65_HS1-834228961_62-HQ-83894_Section_9
Agency: FBI
Page 170
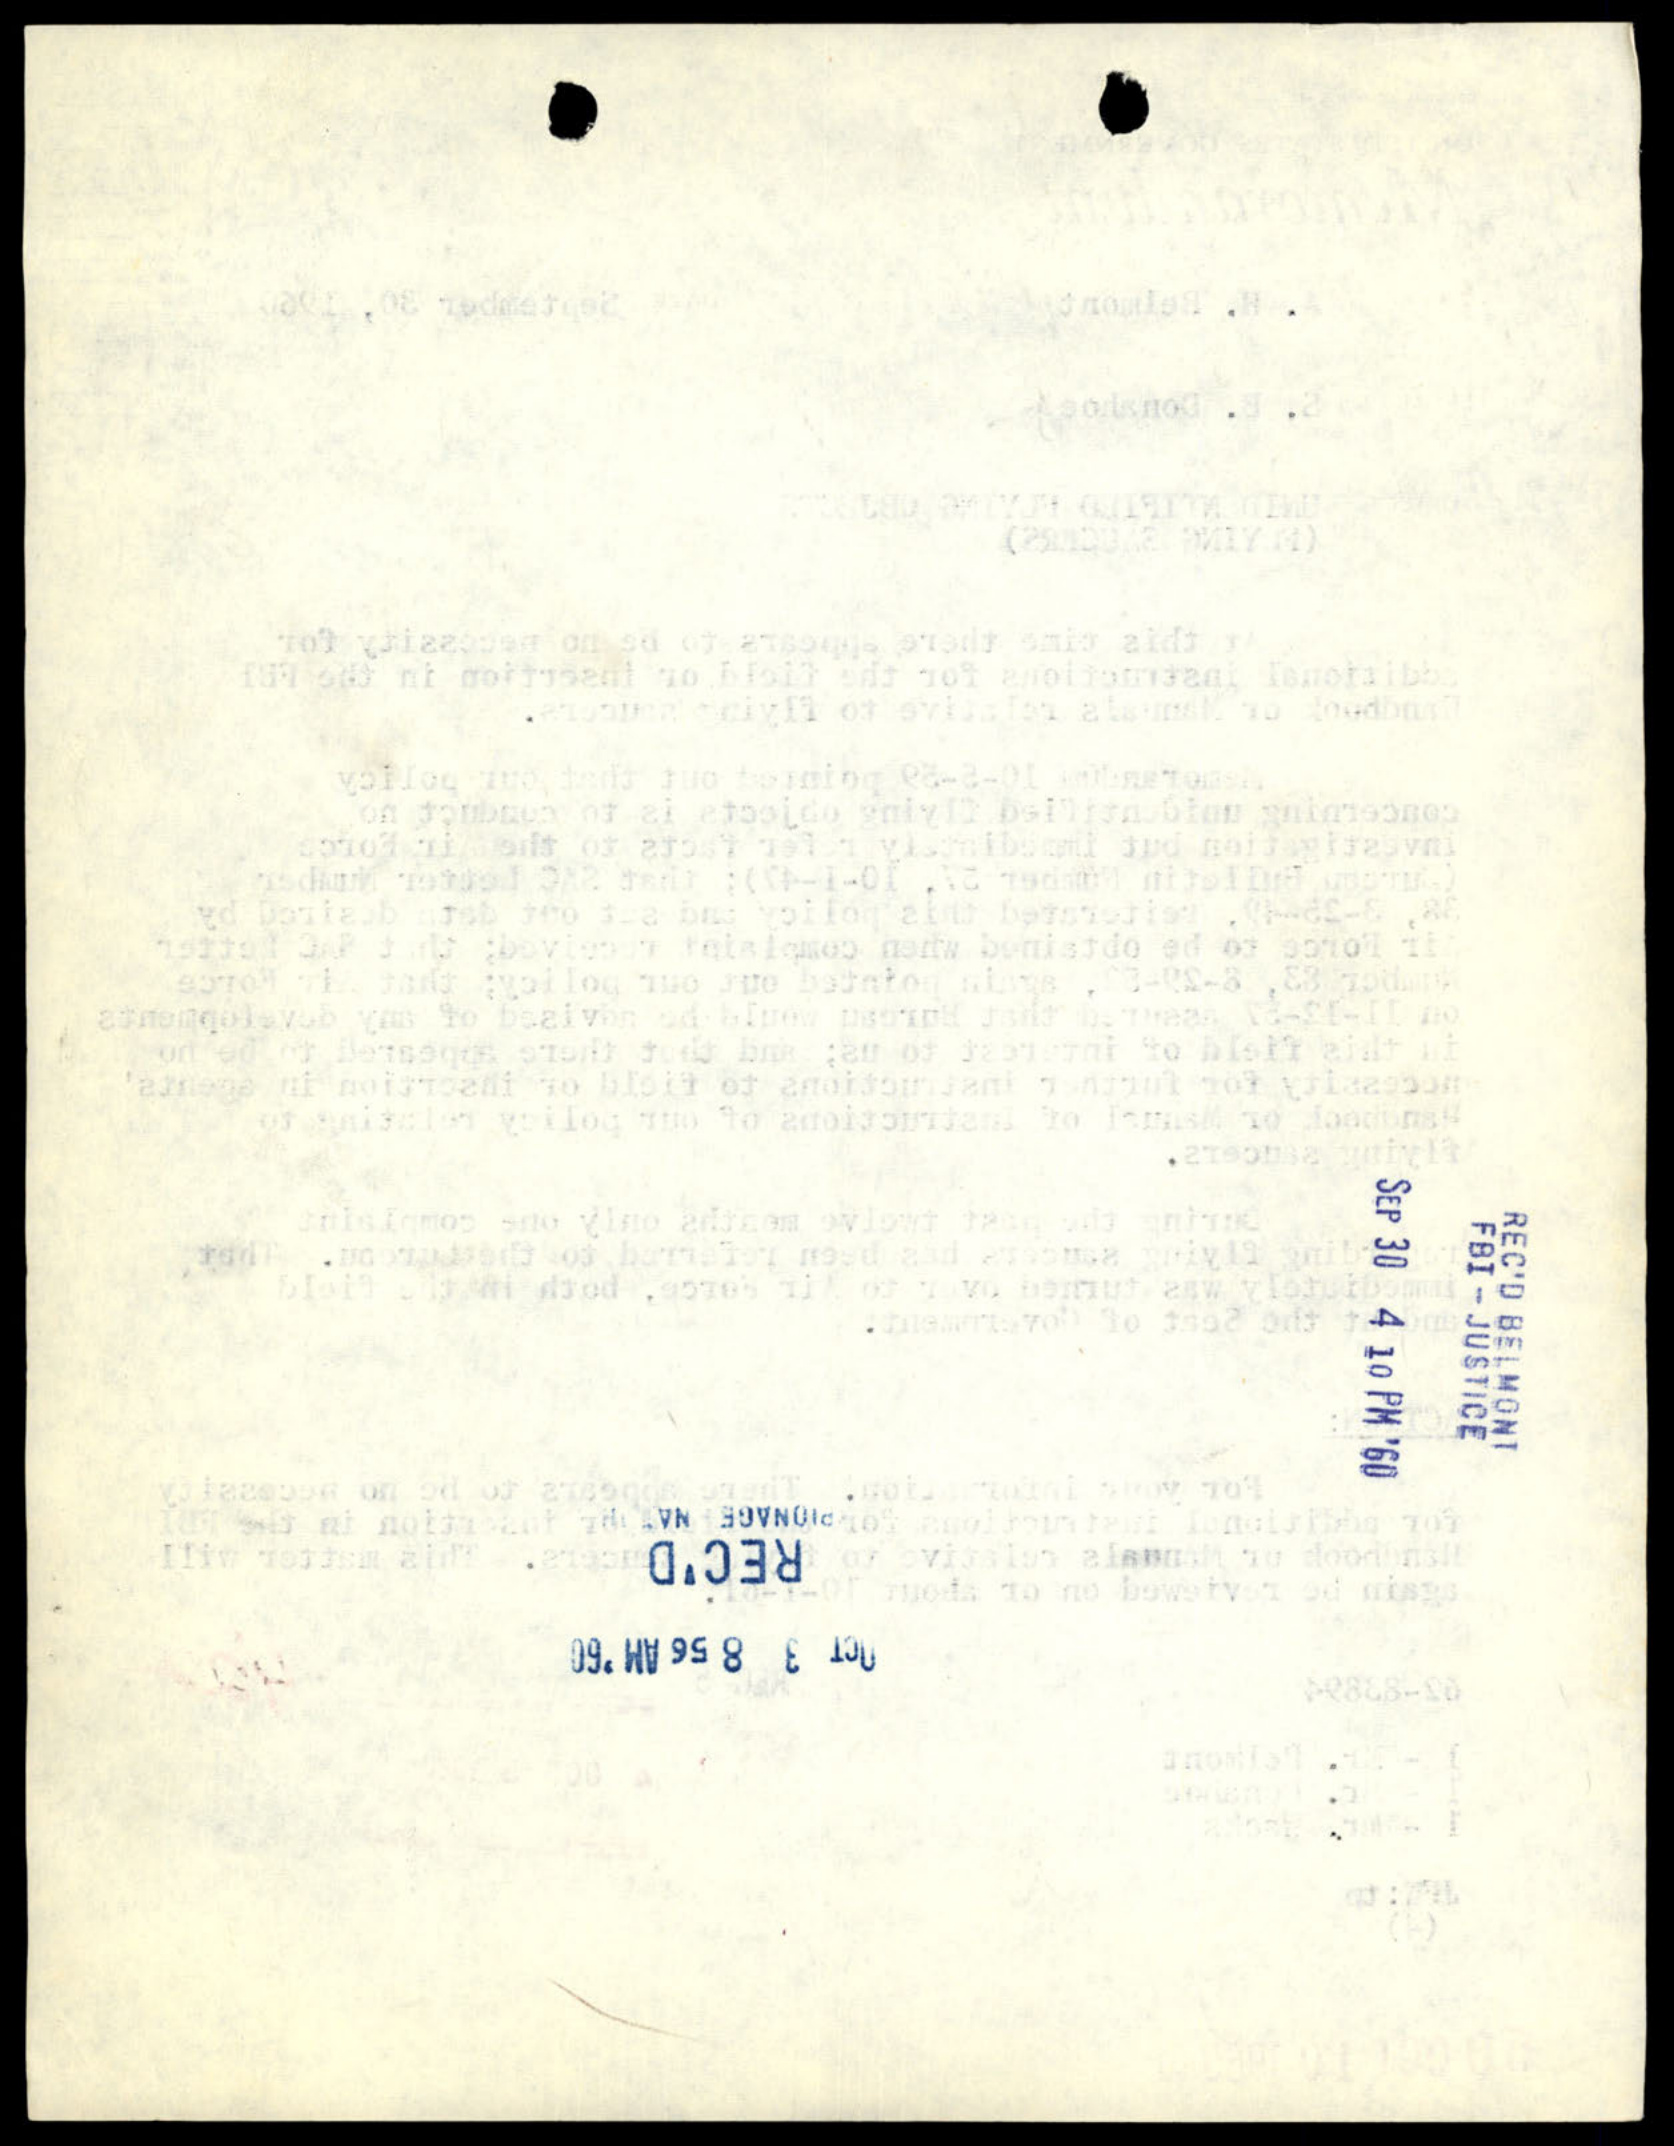